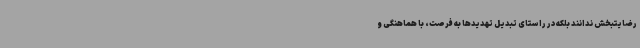
رضایتبخش ندانند بلکه در راستای تبدیل تهدیدها به فرصت، با هماهنگی و